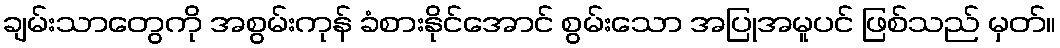
ချမ်းသာတွေကို အစွမ်းကုန် ခံစားနိုင်အောင် စွမ်းသော အပြုအမူပင် ဖြစ်သည် မှတ်။